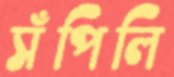
সঁপিলি